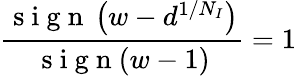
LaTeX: \frac{\mathrm{~s~i~g~n~}\left(w-d^{1/N_{I}}\right)}{\mathrm{~s~i~g~n~}(w-1)}=1